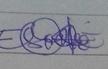
Signature authenticity: genuine